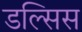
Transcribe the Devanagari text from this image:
डल्सिस